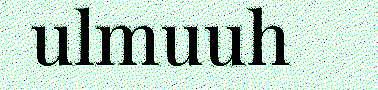
ulmuuh